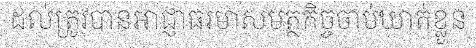
ដល់ត្រូវបានអាជ្ញាធរមាសមត្ថកិច្ចចាប់ឃាត់ខ្លួន